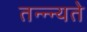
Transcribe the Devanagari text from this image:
तन्न्न्यते